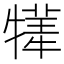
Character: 𤛫